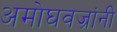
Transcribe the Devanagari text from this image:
अमोघवज्रांनी